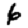
Digit: 6